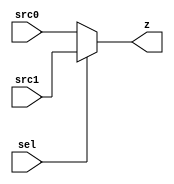
module mux_32_better (sel, src0, src1, z);
  
  input sel; // MODIFIED BY CAM
  input [31:0] src0;
  input [31:0] src1;
  output reg [31:0] z;
  

  always @(sel or src0 or src1)
      begin
        if (sel == 1'b0) z <= src0;
        else z <= src1;
      end
   
endmodule